Leningradi_Edasi_toimetus, lk 191
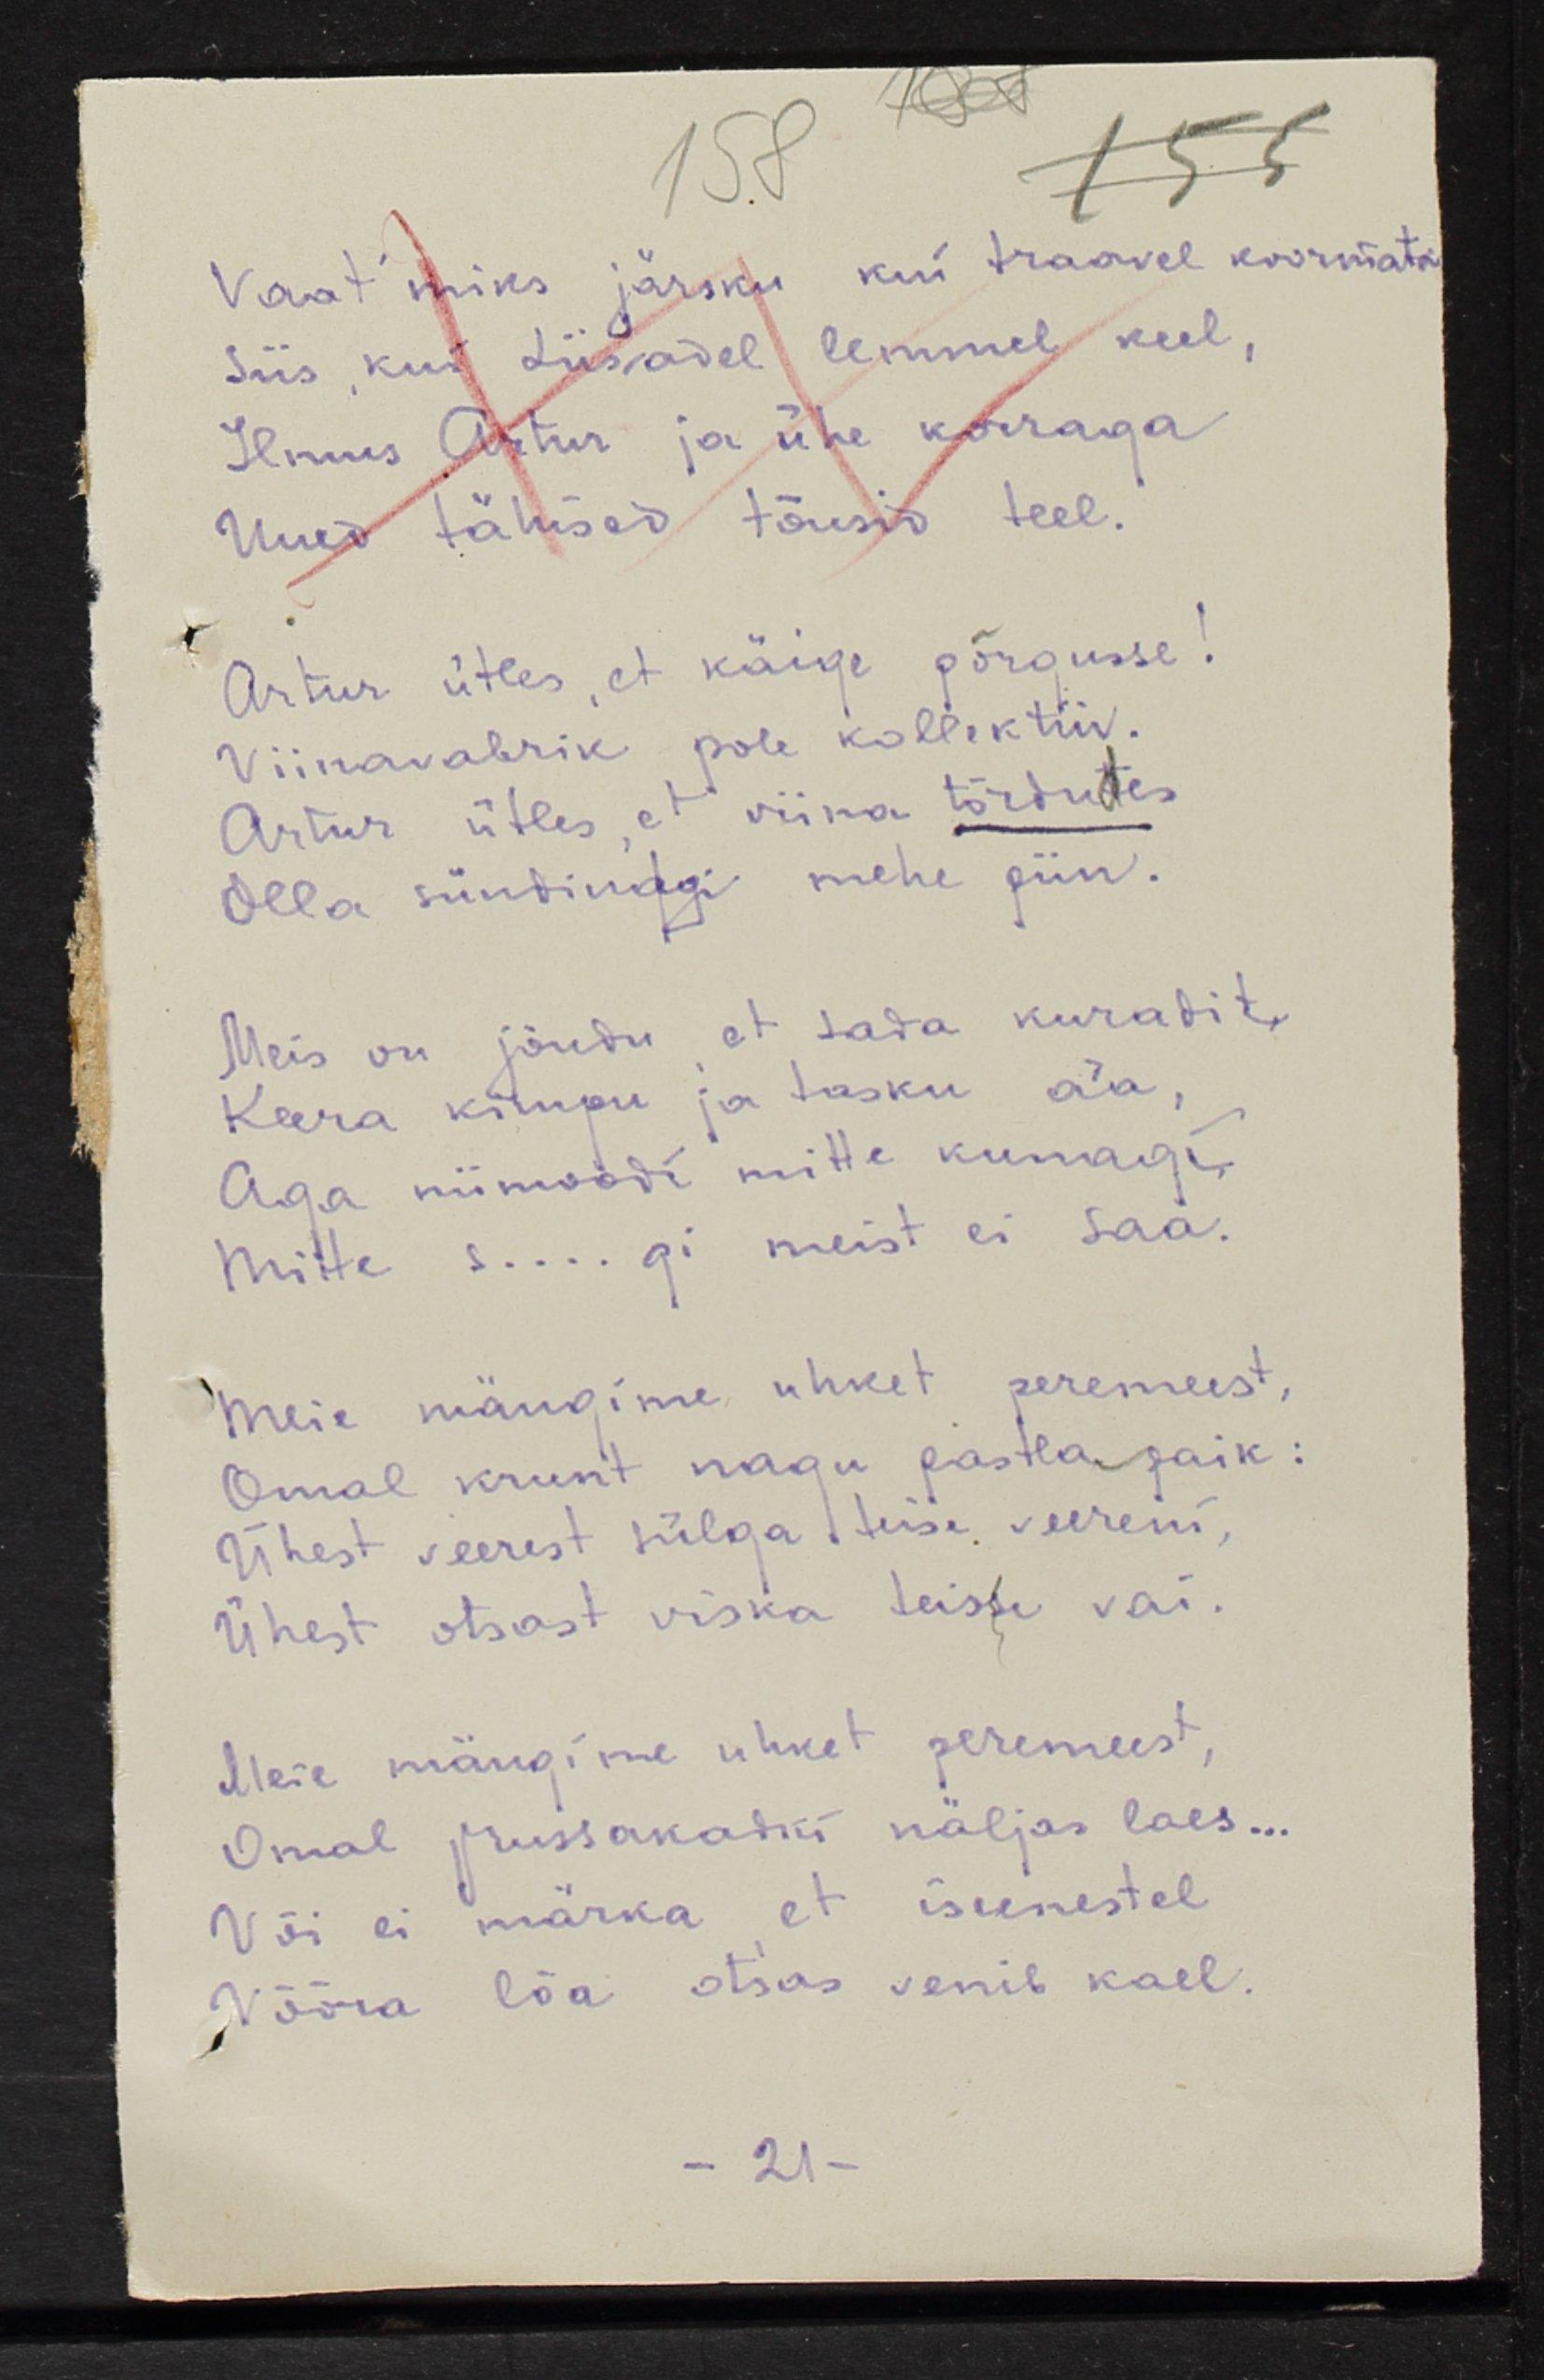
Vaat' miks järsku kui traavel koormata
siis kui Liisadel lemmel keel,
Ilmus Artur ja ühe korraga
Uued tähised tõusid teel.
Artur ütles, et käige põrgusse!
Viinavabrik pole kollektiiv.
Artur ütles, et viina tõrdudes
Olla sündinagi mehe piin.
Meis on jõudu, et sada kuradit,
Keera kimpu ja tasku äa,
Aga niimoodi mitte kunagi
mitte s....gi meist ei saa.
Meie mängime uhket peremeest,
Omal krunt nagu pastlapaik:
Ühest veerest tülga teisi veereni,
Ühest otsast viska teisse vai
Meie mängime uhket peremeest,
Omal prussakadki näljas laes...
Või ei märka, et inimestel 
Võõra lõa otsas venib kael